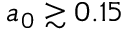
a _ { 0 } \gtrsim 0 . 1 5